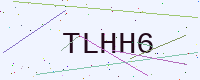
Text: TLHH6